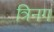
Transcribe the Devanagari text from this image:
त्रिनग